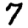
Digit: 7